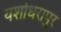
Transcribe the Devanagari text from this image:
यशोधरापुर